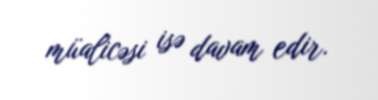
müalicəsi isə davam edir.